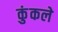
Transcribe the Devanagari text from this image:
कुंकले